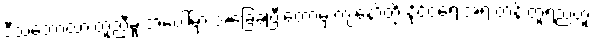
ဒီသဘောထားတူညီမှု အပေါ်မှာ အခြေခံပြီးတော့မှ ကျနော်တို့ နိုင်ငံရေးအရ တန်းတူရည်တူ